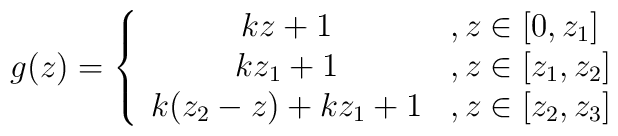
g(z)=\left\{ \begin{array}{cl}{kz+1} & ,z\in \lbrack 0,z_{1}] \\ {kz_{1}+1} & ,z\in \lbrack z_{1},z_{2}] \\ {k(z_{2}-z)+kz_{1}+1} & ,z\in \lbrack z_{2},z_{3}]\end{array}\right. \